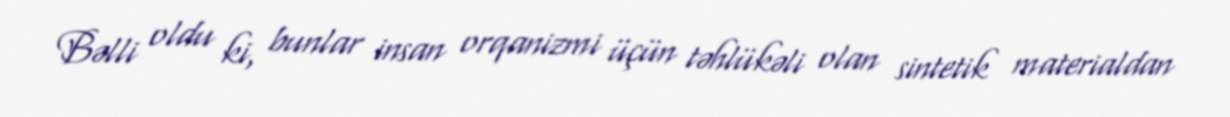
Bəlli oldu ki, bunlar insan orqanizmi üçün təhlükəli olan sintetik materialdan